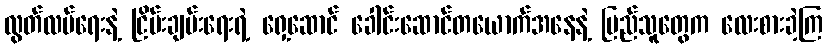
လွတ်လပ်ရေးနဲ့ ငြိမ်းချမ်းရေးရဲ့ ရှေ့ဆောင် ခေါင်းဆောင်တယောက်အနေနဲ့ ပြည်သူတွေက လေးစားခဲ့ကြ